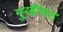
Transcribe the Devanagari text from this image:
मुखीमठ